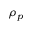
\rho _ { p }